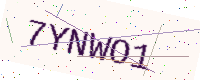
Text: 7YNWO1